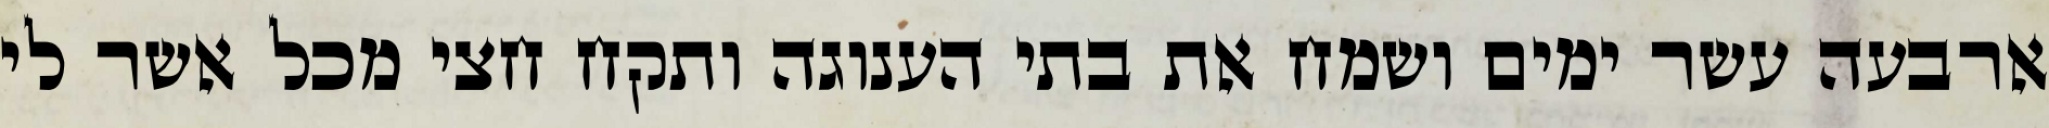
ארבעה עשר ימים ושמח את בתי הענוגה ותקח חצי מכל אשר לי